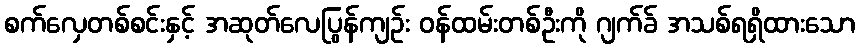
စက်လှေတစ်စင်းနှင့် အဆုတ်လေပြွန်ကျဉ်း ဝန်ထမ်းတစ်ဦးကို ဂျက်ခ် အသစ်ရရှိထားသော